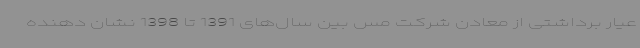
عیار برداشتی از معادن شرکت مس بین سال‌های 1391 تا 1398 نشان دهنده